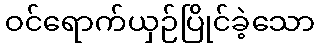
ဝင်ရောက်ယှဉ်ပြိုင်ခဲ့သော